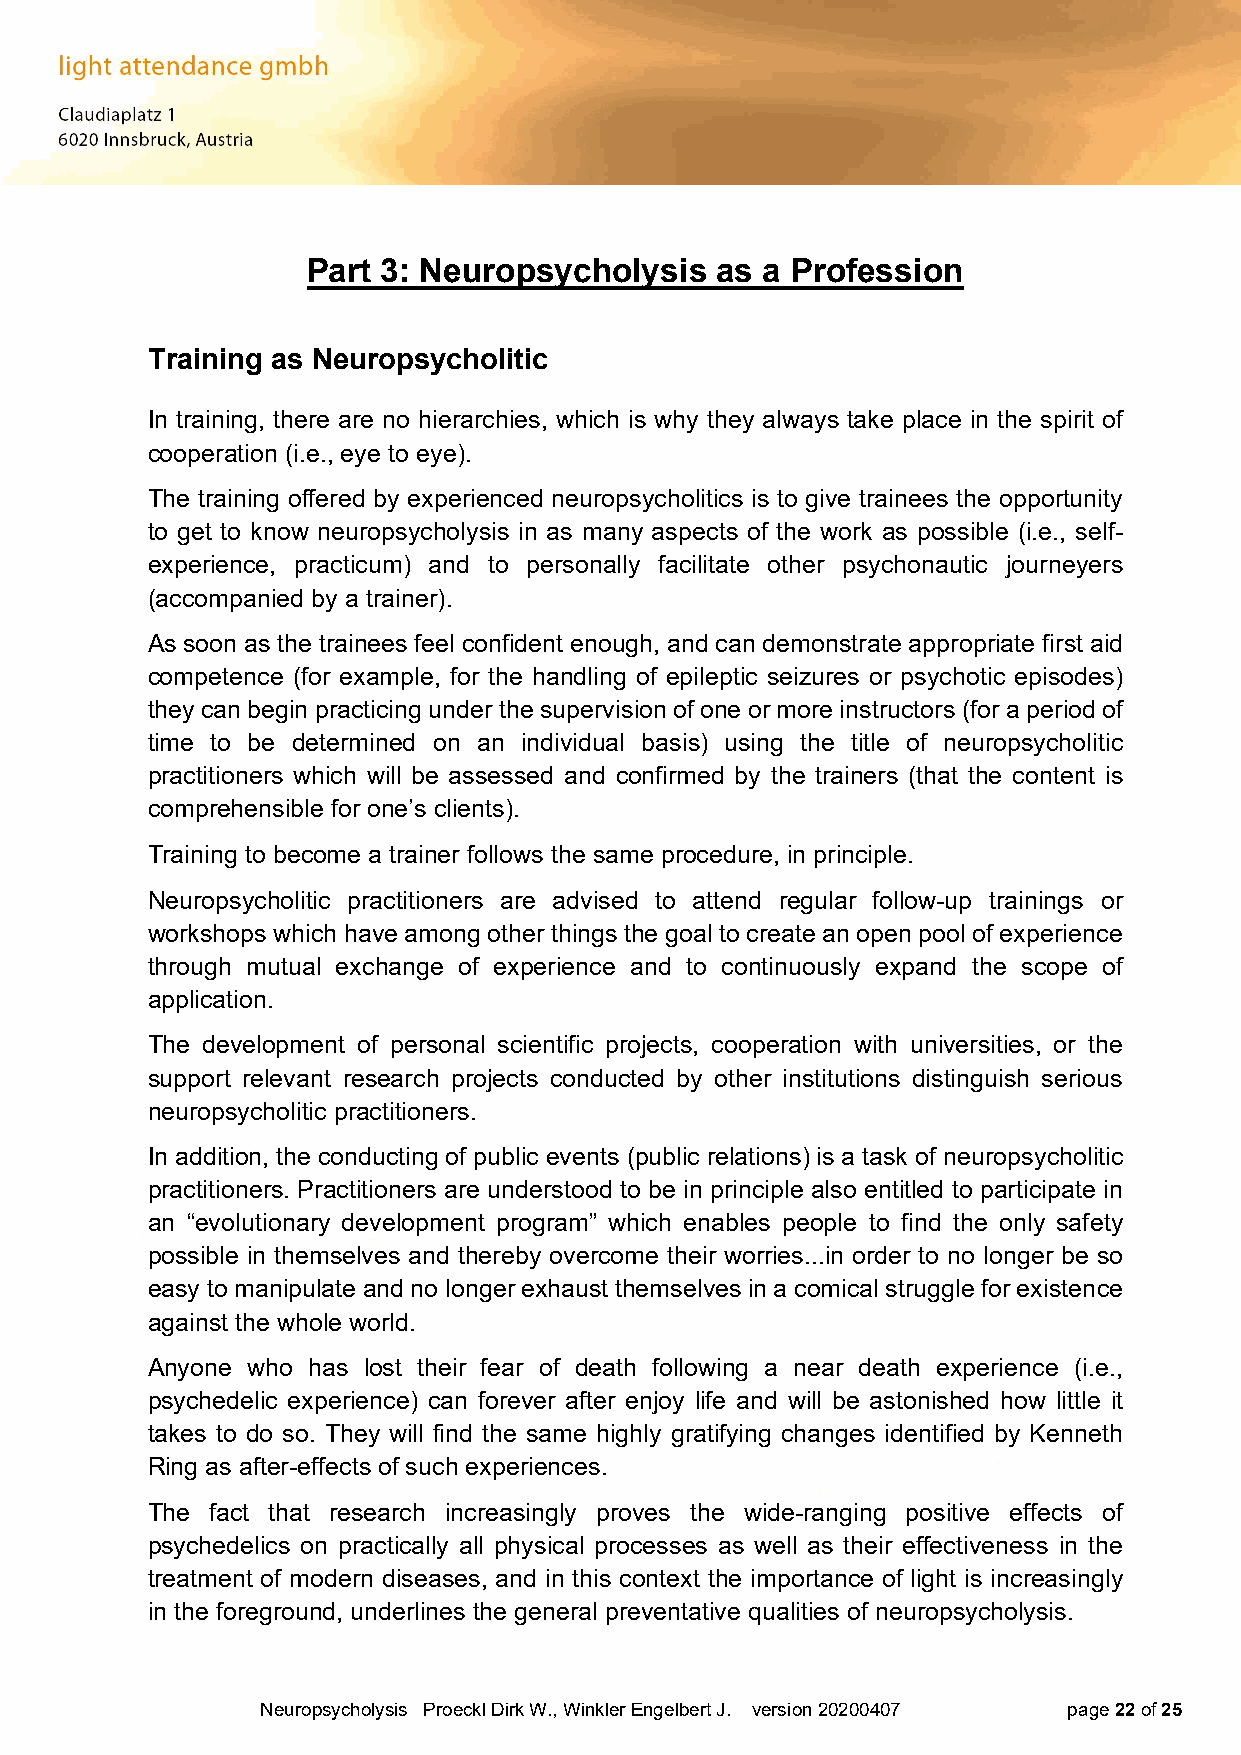
Part 3: Neuropsycholysis   as a Profession
 Training as Neuropsycholitic
 In training, there are no hierarchies, which is why they always take place in the spirit of
 cooperation (i.e., eye to eye).
 The training offered by experienced neuropsycholitics is to give trainees the opportunity
 to get to know neuropsycholysis in as many aspects of the work as possible (i.e., self-
 experience, practicum) and to personally facilitate other psychonautic journeyers
 (accompanied by a trainer).
 As soon as the trainees feel confident enough, and can demonstrate appropriate first aid
 competence (for example, for the handling of epileptic seizures or psychotic episodes)
 they can begin practicing under the supervision of one or more instructors (for a period of
 time to be determined on an individual basis) using the title of neuropsycholitic
 practitioners which will be assessed and confirmed by the trainers (that the content is
 comprehensible for one’s clients).
 Training to become a trainer follows the same procedure, in principle.
 Neuropsycholitic practitioners are advised to attend regular follow-up trainings or
 workshops which have among other things the goal to create an open pool of experience
 through mutual exchange of experience and to continuously expand the scope of
 application.
 The development of personal scientific projects, cooperation with universities, or the
 support relevant research projects conducted by other institutions distinguish serious
 neuropsycholitic practitioners.
 In addition, the conducting of public events (public relations) is a task of neuropsycholitic
 practitioners. Practitioners are understood to be in principle also entitled to participate in
 an “evolutionary development program” which enables people to find the only safety
 possible in themselves and thereby overcome their worries...in order to no longer be so
 easy to manipulate and no longer exhaust themselves in a comical struggle for existence
 against the whole world.
 Anyone who has lost their fear of death following a near death experience (i.e.,
 psychedelic experience) can forever after enjoy life and will be astonished how little it
 takes to do so. They will find the same highly gratifying changes identified by Kenneth
 Ring as after-effects of such experiences.
 The fact that research increasingly proves the wide-ranging positive effects of
 psychedelics on practically all physical processes as well as their effectiveness in the
 treatment of modern diseases, and in this context the importance of light is increasingly
 in the foreground, underlines the general preventative qualities of neuropsycholysis.
 Neuropsycholysis Proeckl Dirk W., Winkler Engelbert J. version 20200407 page 22 of 25